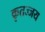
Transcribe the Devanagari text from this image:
कृतज्जय